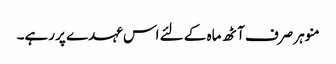
منوہر صرف آٹھ ماہ کے لئے اس عہدے پر رہے۔